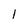
Character: 1